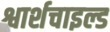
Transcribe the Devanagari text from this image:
श्वार्शचाइल्ड